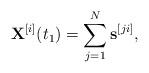
LaTeX: \begin{align*}{{\bf{X}}^{[i]}}({t_1}) = \sum\limits_{j = 1}^N {{{\bf{s}}^{[ji]}}},\end{align*}